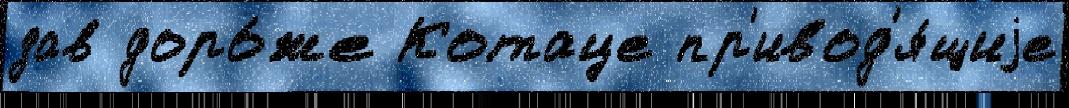
зав доро́же Котаце пр'ивод'я́щиjе